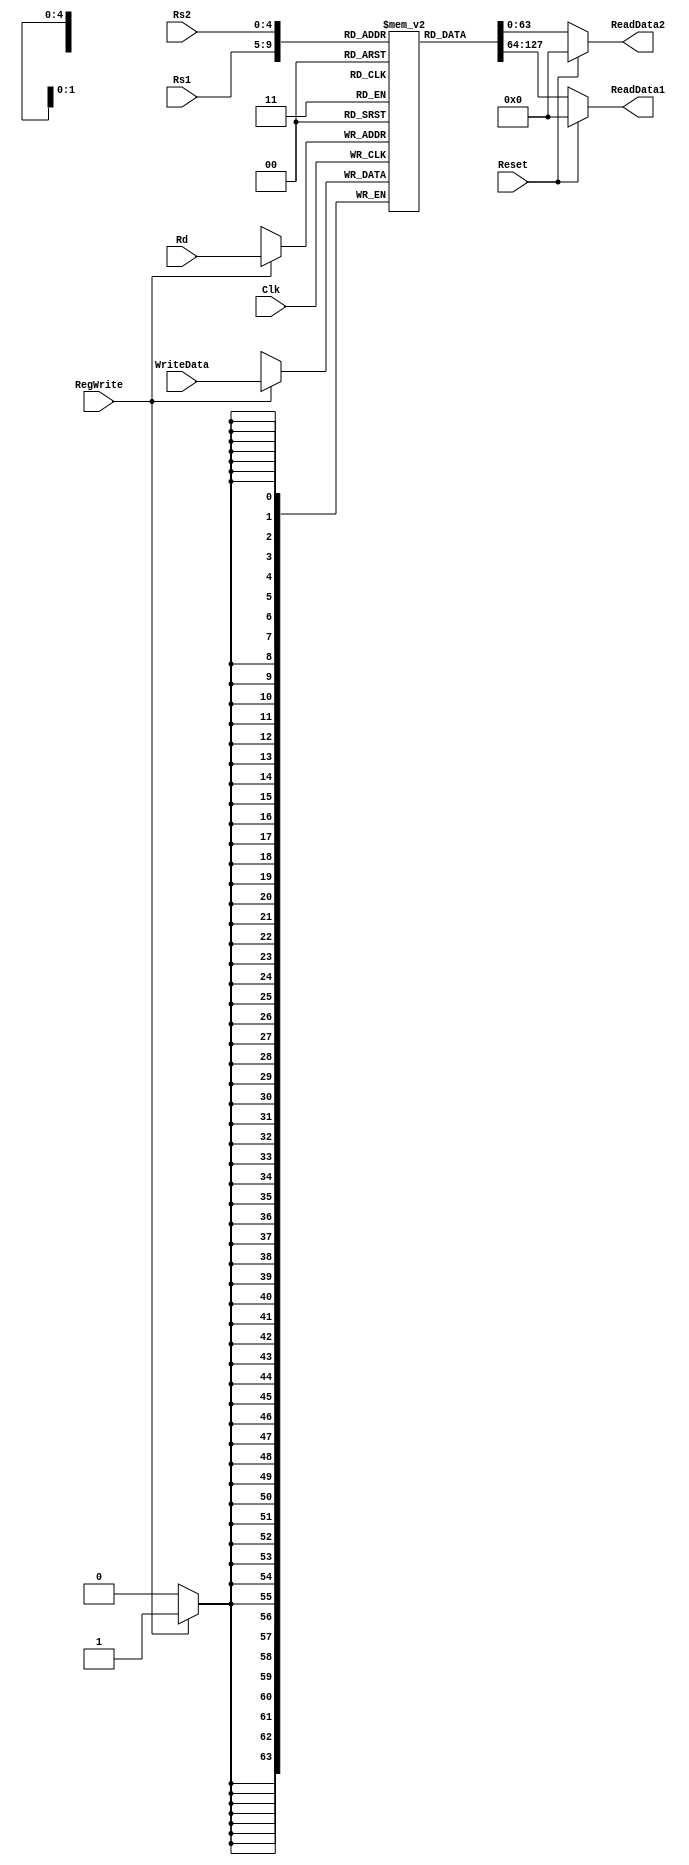
module registerFile
(
input [63:0]WriteData,
input [4:0]Rs1,
input [4:0]Rs2,
input [4:0]Rd,
input RegWrite,
input Clk, Reset,

output reg [63:0]ReadData1,
output reg [63:0]ReadData2
);

reg [63:0] Registers [31:0];

initial
begin
  //Initialising x0 
  Registers[0] <= 64'd0;
  //Initialising the rest of the registers
  Registers[1] <= 64'd1;
  Registers[2] <= 64'd2;
  Registers[3] <= 64'd3;
  Registers[4] <= 64'd4;
  Registers[5] <= 64'd5;
  Registers[6] <= 64'd6;
  Registers[7] <= 64'd7;
  Registers[8] <= 64'd8;
  Registers[9] <= 64'd9;
  Registers[10] <= 64'd10;
  Registers[11] <= 64'd11;
  Registers[12] <= 64'd12;
  Registers[13] <= 64'd13;
  Registers[14] <= 64'd14;
  Registers[15] <= 64'd15;
  Registers[16] <= 64'd16;
  Registers[17] <= 64'd17;
  Registers[18] <= 64'd18;
  Registers[19] <= 64'd19;
  Registers[20] <= 64'd20;
  Registers[21] <= 64'd21;
  Registers[22] <= 64'd22;
  Registers[23] <= 64'd23;
  Registers[24] <= 64'd24;
  Registers[25] <= 64'd25;
  Registers[26] <= 64'd26;
  Registers[27] <= 64'd27;
  Registers[28] <= 64'd28;
  Registers[29] <= 64'd29;
  Registers[30] <= 64'd30;
  Registers[31] <= 64'd31;
end

//Reading
always @ (*)
begin
  ReadData1 <= Registers[Rs1];
  ReadData2 <= Registers[Rs2];
  if (Reset == 1)
  begin
    ReadData1 <= 64'd0;
    ReadData2 <= 64'd0;
  end 
end

//Writing
always @ (posedge Clk)
begin
  if(RegWrite == 1)
    begin
    Registers[Rd] <= WriteData;
  end
end

endmodule